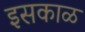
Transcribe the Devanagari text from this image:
इसकाळ